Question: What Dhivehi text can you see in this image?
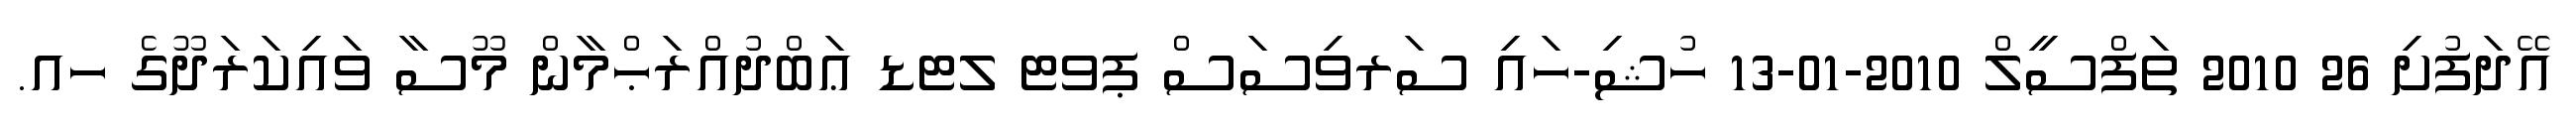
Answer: އޭދަފުށި 26 2010 ތަފްސީލް 2010-01-13 ހުޝި-ހައި ސަރވިސަސް ޕވޓ ލޓޑ ޢަބްދުއްރަޙްމާން މޫސާ ވައިކަރަދޫގެ ހއ.